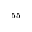
_ { 5 5 }